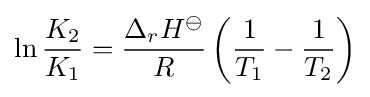
\ln {\frac {K_{2}}{K_{1}}}={\frac {\Delta _{r}H^{\ominus }}{R}}\left({\frac {1}{T_{1}}}-{\frac {1}{T_{2}}}\right)